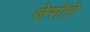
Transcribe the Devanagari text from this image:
जेसोले